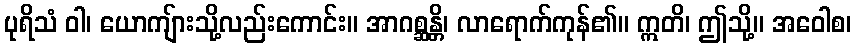
ပုရိသံ ဝါ၊ ယောကျ်ားသို့လည်းကောင်း။ အာဂစ္ဆန္တိ၊ လာရောက်ကုန်၏။ ဣတိ၊ ဤသို့။ အဝေါစ၊